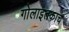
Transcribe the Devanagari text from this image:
गोलाइतकाच